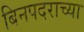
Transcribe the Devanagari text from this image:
बिनपदराच्या